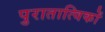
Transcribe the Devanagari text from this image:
पुरातात्विकों